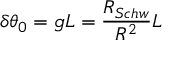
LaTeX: \delta \theta _ { 0 } = g L = \frac { R _ { S c h w } } { R ^ { 2 } } L